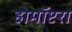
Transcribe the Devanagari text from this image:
होमॉप्टरा